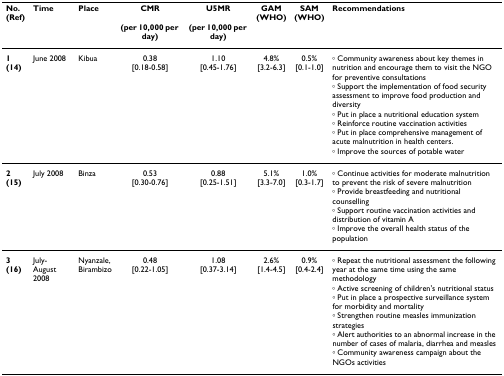
<table><thead><tr><td><b>No.(Ref)</b></td><td><b>Time</b></td><td><b>Place</b></td><td><b>CMR(per 10,000 per day)</b></td><td><b>U5MR(per 10,000 per day)</b></td><td><b>GAM(WHO)</b></td><td><b>SAM(WHO)</b></td><td><b>Recommendations</b></td></tr></thead><tbody><tr><td><b>1</b><b>(14)</b></td><td>June 2008</td><td>Kibua</td><td>0.38[0.18-0.58]</td><td>1.10[0.45-1.76]</td><td>4.8%[3.2-6.3]</td><td>0.5%[0.1-1.0]</td><td>◦ Community awareness about key themes in nutrition and encourage them to visit the NGO for preventive consultations◦ Support the implementation of food security assessment to improve food production and diversity◦ Put in place a nutritional education system◦ Reinforce routine vaccination activities◦ Put in place comprehensive management of acute malnutrition in health centers.◦ Improve the sources of potable water</td></tr><tr><td><b>2</b><b>(15)</b></td><td>July 2008</td><td>Binza</td><td>0.53[0.30-0.76]</td><td>0.88[0.25-1.51]</td><td>5.1%[3.3-7.0]</td><td>1.0%[0.3-1.7]</td><td>◦ Continue activities for moderate malnutrition to prevent the risk of severe malnutrition◦ Provide breastfeeding and nutritional counselling◦ Support routine vaccination activities and distribution of vitamin A◦ Improve the overall health status of the population</td></tr><tr><td><b>3</b><b>(16)</b></td><td>July-August 2008</td><td>Nyanzale, Birambizo</td><td>0.48[0.22-1.05]</td><td>1.08[0.37-3.14]</td><td>2.6%[1.4-4.5]</td><td>0.9%[0.4-2.4]</td><td>◦ Repeat the nutritional assessment the following year at the same time using the same methodology◦ Active screening of children&#x27;s nutritional status◦ Put in place a prospective surveillance system for morbidity and mortality◦ Strengthen routine measles immunization strategies◦ Alert authorities to an abnormal increase in the number of cases of malaria, diarrhea and measles◦ Community awareness campaign about the NGOs activities</td></tr></tbody></table>